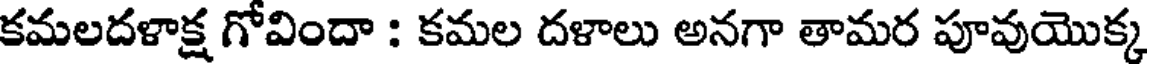
కమలదళాక్ష గోవిందా : కమల దళాలు అనగా తామర పూవుయొక్క